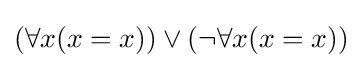
(\forall x(x=x))\lor (\lnot \forall x(x=x))